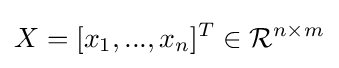
X=[x_{1},...,x_{n}]^{T}\in {\mathcal {R}}^{n\times m}